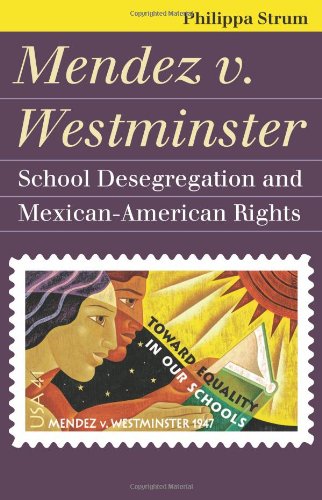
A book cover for Mendez v. Westminster: School Desegregation and Mexican-American Rights (Landmark Law Cases and American Society) (Landmark Law Cases & American Society); Philippa Strum; Law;